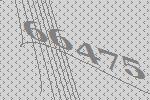
66475